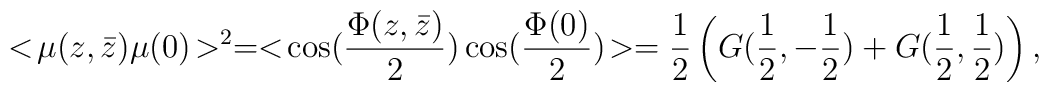
< \! \mu(z,\bar z) \mu(0) \! >^2 =< \! \cos({\Phi(z,\bar z) \over 2}) \cos({\Phi(0) \over 2}) \! > ={1 \over 2} \left( G ({1 \over 2},-{1 \over 2}) +G ({1 \over 2},{1 \over 2}) \right) ,